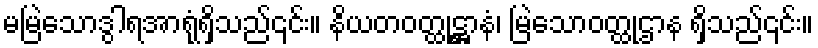
မမြဲသောဒွါရအာရုံရှိသည်၎င်း။ နိယတဝတ္ထုဋ္ဌာနံ၊ မြဲသောဝတ္ထုဌာန ရှိသည်၎င်း။